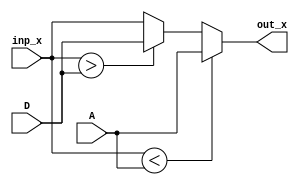
//Limita os valores de X entre A e D

module range_x_trapezio (inp_x, A, D, out_x);
input [7:0] inp_x, A, D;
output reg [7:0] out_x;

 
always @ (inp_x, A, D)
if (inp_x < A)
out_x <= A;
else if (inp_x > D) 
out_x <= D;
else out_x <= inp_x;
endmodule